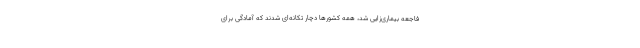
فاجعه بیماری‌زایی شد، همه کشور‌ها دچار تکانه‌ای شدند که آمادگی برای